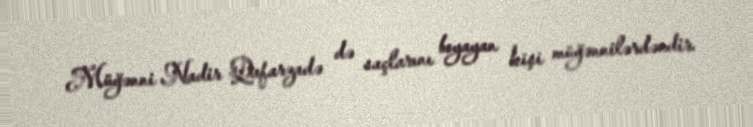
Müğənni Nadir Qafarzadə də saçlarını boyayan kişi müğənnilərdəndir.